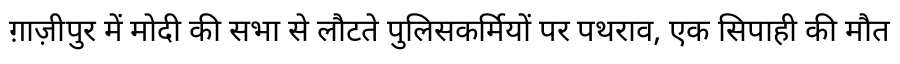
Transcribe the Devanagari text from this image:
ग़ाज़ीपुर में मोदी की सभा से लौटते पुलिसकर्मियों पर पथराव, एक सिपाही की मौत